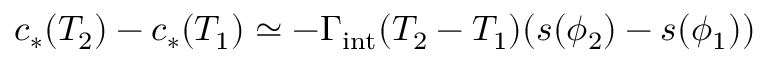
c _ { * } ( T _ { 2 } ) - c _ { * } ( T _ { 1 } ) \simeq - \Gamma _ { \mathrm { i n t } } ( T _ { 2 } - T _ { 1 } ) ( s ( \phi _ { 2 } ) - s ( \phi _ { 1 } ) )